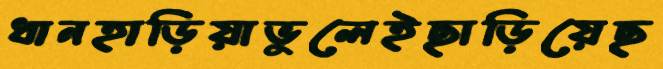
ধানহাড়িয়াভুলেইছাড়িয়েছ